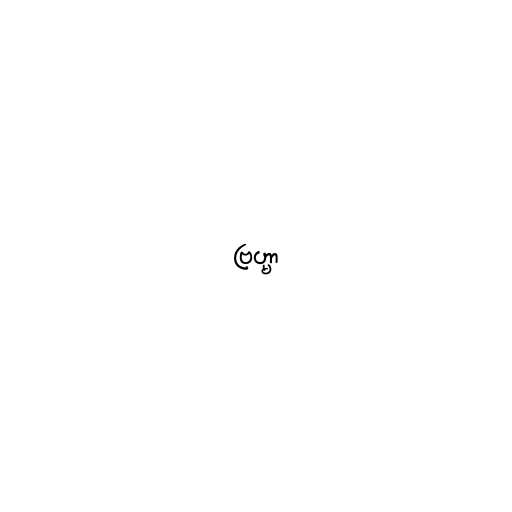
ဗြဟ္မာ